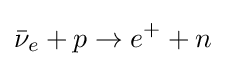
{\bar {\nu }}_{e}+p\rightarrow e^{+}+n